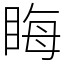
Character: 䀲